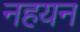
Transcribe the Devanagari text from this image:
नहयन